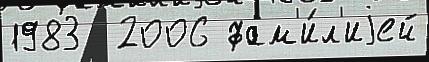
1983  2006 фам'и́л'иjей